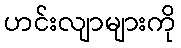
ဟင်းလျာများကို